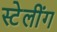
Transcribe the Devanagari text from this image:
स्टेलींग